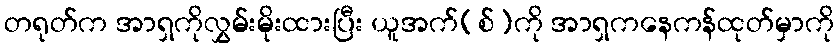
တရုတ်က အာရှကိုလွှမ်းမိုးထားပြီး ယူအက်(စ်)ကို အာရှကနေကန်ထုတ်မှာကို